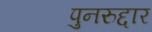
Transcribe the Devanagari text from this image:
पुनरुद्दार